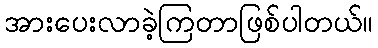
အားပေးလာခဲ့ကြတာဖြစ်ပါတယ်။